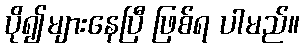
ပို၍များနေပြီ ဖြစ်ရ ပါမည်။